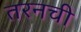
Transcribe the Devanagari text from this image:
तरनची